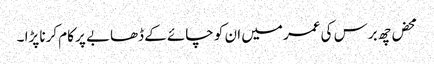
محض چھ برس کی عمر میں ان کو چائے کے ڈھابے پر کام کرنا پڑا ۔